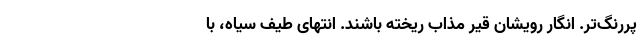
پررنگ‌تر. انگار رویشان قیر مذاب ریخته باشند. انتهای طیف سیاه، با